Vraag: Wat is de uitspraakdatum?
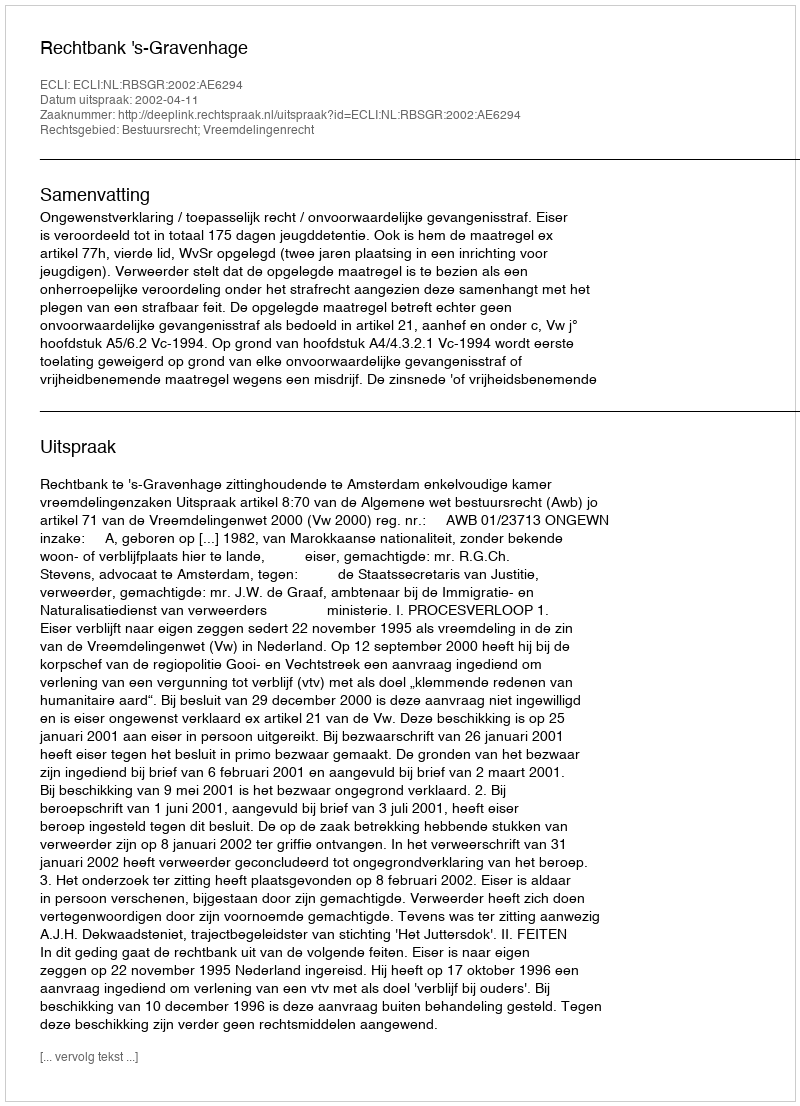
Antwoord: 2002-04-11